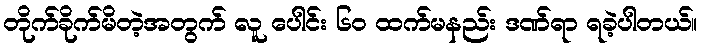
တိုက်ခိုက်မိတဲ့အတွက် လူ ပေါင်း ၆၀ ထက်မနည်း ဒဏ်ရာ ရခဲ့ပါတယ်။